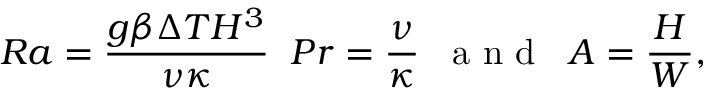
R a = \frac { g \beta \Delta T H ^ { 3 } } { \nu \kappa } \; \; P r = \frac { \nu } { \kappa } \; \; \mathrm { ~ a ~ n ~ d ~ } \; \; A = \frac { H } { W } ,